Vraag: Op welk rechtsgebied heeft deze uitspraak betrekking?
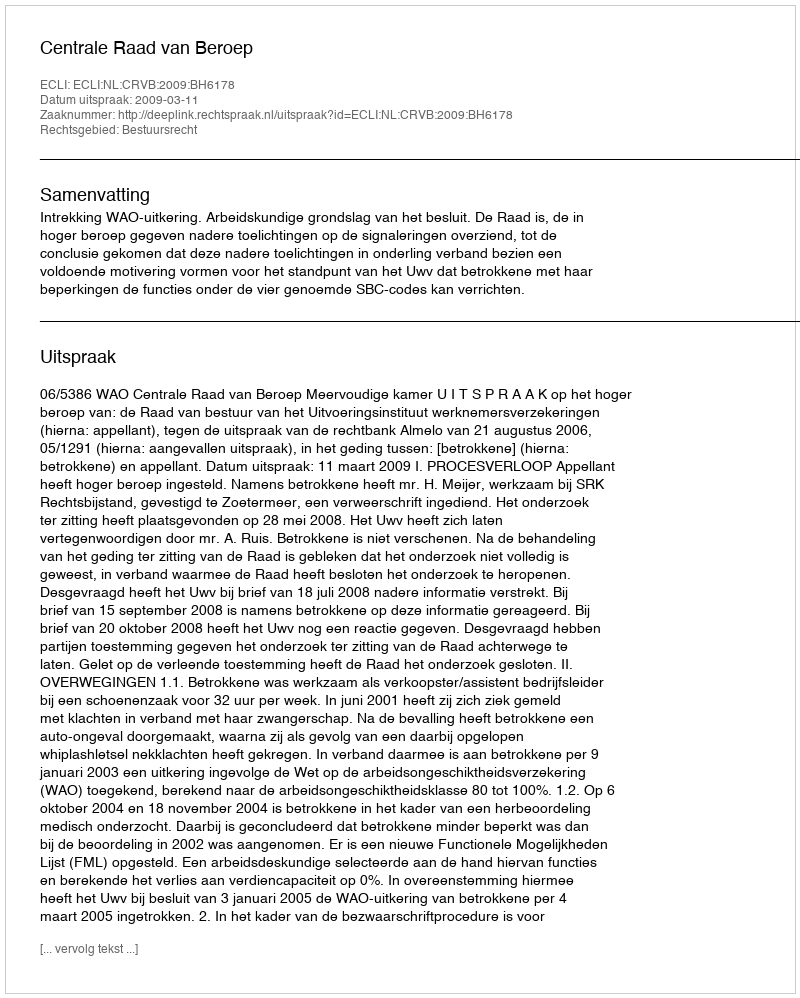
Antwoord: Bestuursrecht